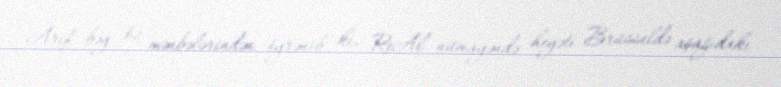
Arif bəy öz mənbələrindən öyrənib ki, ReAl nümayəndə heyəti Brüsseldə aşağıdakı